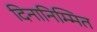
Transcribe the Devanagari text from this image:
दिनानिम्मित